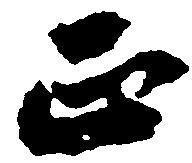
正